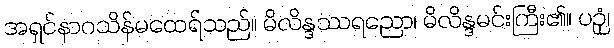
အရှင်နာဂသိန်မထေရ်သည်။ မိလိန္ဒဿရညော၊ မိလိန္ဒမင်းကြီး၏။ ပဉှံ၊